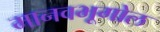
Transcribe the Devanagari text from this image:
मानवभूगोल